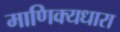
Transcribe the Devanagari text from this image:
माणिक्यधारा